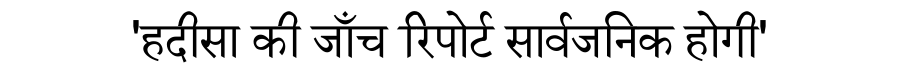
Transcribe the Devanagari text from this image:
'हदीसा की जाँच रिपोर्ट सार्वजनिक होगी'